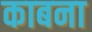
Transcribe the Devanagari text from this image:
काबना